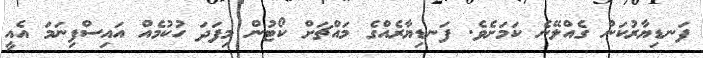
ފަނޑިޔާރުކަން ގެއްލޭނެ ކަމަށެވެ. ފަނޑިޔާރެއްގެ މައްޗަށް ކޯޓުން މިފަދަ ހުކުމެއް އައިސްފިނަމަ އެއީ